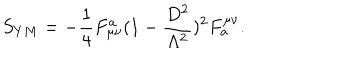
S _ { Y M } = - \frac { 1 } { 4 } F _ { \mu \nu } ^ { a } ( 1 - \frac { D ^ { 2 } } { \Lambda ^ { 2 } } ) ^ { 2 } F _ { a } ^ { \mu \nu } .